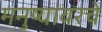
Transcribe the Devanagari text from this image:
मनुष्यांवरचे